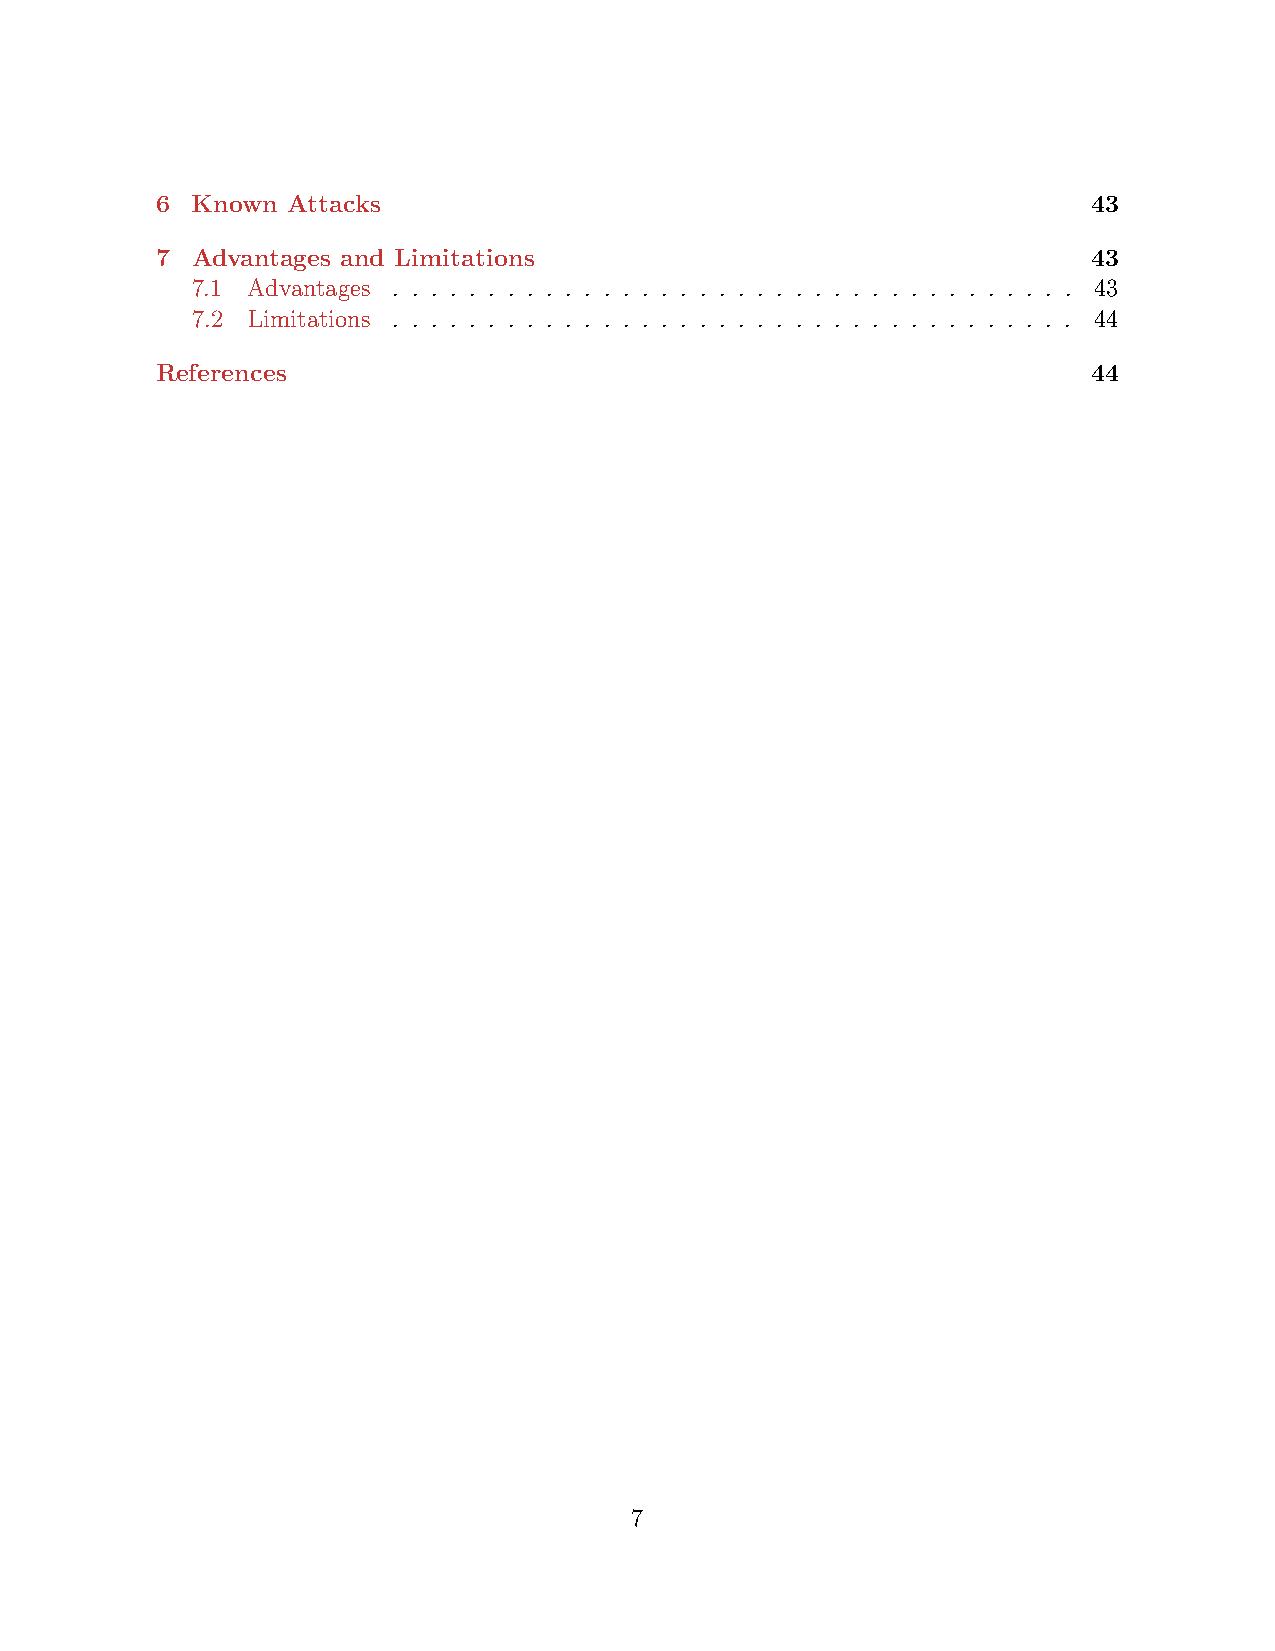
6  Known Attacks                                              43
 7  Advantages and Limitations                                 43
 7.1 Advantages . . . . . . . . . . . . . . . . . . . . . . . . . . . . . . . . . . . . 43
 7.2 Limitations . . . . . . . . . . . . . . . . . . . . . . . . . . . . . . . . . . . . 44
 References                                                    44
 7